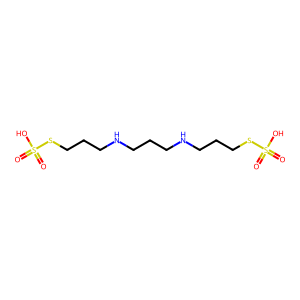
SMILES: O=S(=O)(O)SCCCNCCCNCCCSS(=O)(=O)O
Inhibits HIV replication: No